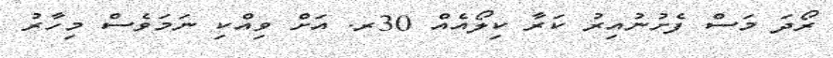
ރޯދަ މަސް ފެށުނުއިރު ކަރާ ކިލޯއެއް 30ރ. އަށް ވިއްކި ނަމަވެސް މިހާރު